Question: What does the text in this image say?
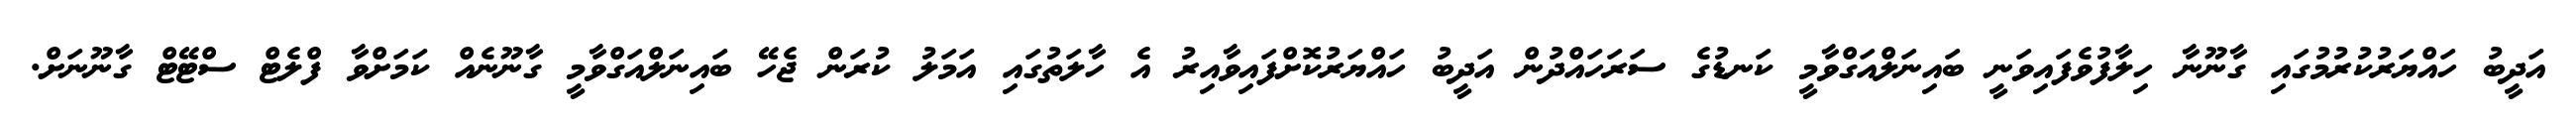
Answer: އަދީބު ހައްޔަރުކުރުމުގައި ގާނޫނާ ހިލާފުވެފައިވަނީ ބައިނަލްއަގްވާމީ ކަނޑުގެ ސަރަހައްދުން އަދީބު ހައްޔަރުކޮށްފައިވާއިރު އެ ހާލަތުގައި އަމަލު ކުރަން ޖެހޭ ބައިނަލްއަގްވާމީ ގާނޫނެއް ކަމަށްވާ ފްލެޓް ސްޓޭޓް ގާނޫނަށް.